Scottish Certificate of Education, 1963
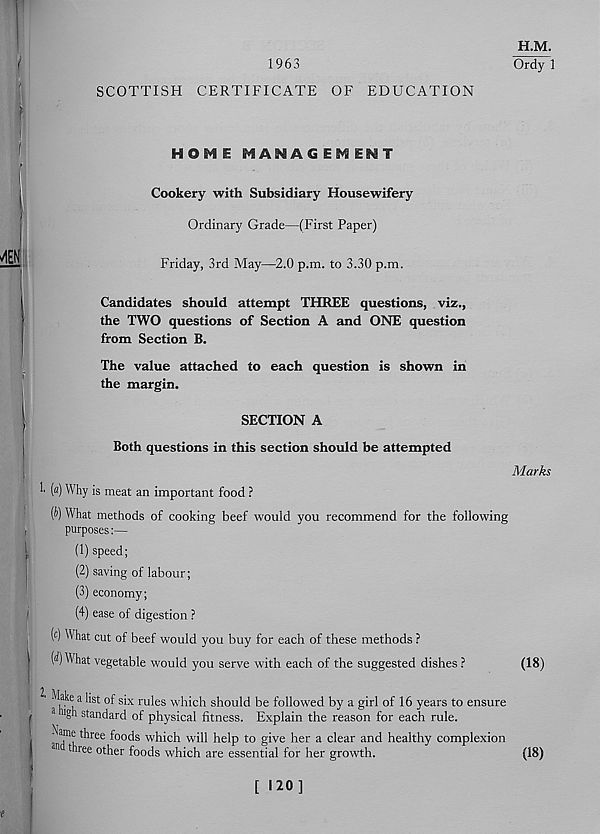
1963
H.M.
Ordy 1
SCOTTISH CERTIFICATE OF EDUCATION
HOME MAS^AGEMEHT
Cookery with Subsidiary Housewifery
Ordinary Grade—(First Paper)
Friday, 3rd May—2.0 p.m. to 3.30 p.m.
Candidates should attempt THREE questions, viz.,
the TWO questions of Section A and ONE question
from Section B.
The value attached to each question is shown in
the margin.
SECTION A
Both questions in this section should be attempted
1' (a) Why is meat an important food ?
(i>) What methods of cooking beef would you recommend for the following
purposes:—
(1) speed;
(2) saving of labour;
(3) economy;
(4) ease of digestion ?
( c ) What cut of beef would you buy for each of these methods ?
(A) What vegetable would you serve with each of the suggested dishes ?
^S t S * X ru^es w liich should be followed by a girl of 16 years to ensure
a ugh standard of physical fitness. Explain the reason for each rule.
^t' lree ^0 0^s w hich will help to give her a clear and healthy complexion
n three other foods which are essential for her growth.
Marks
(18)
(18)
[120]